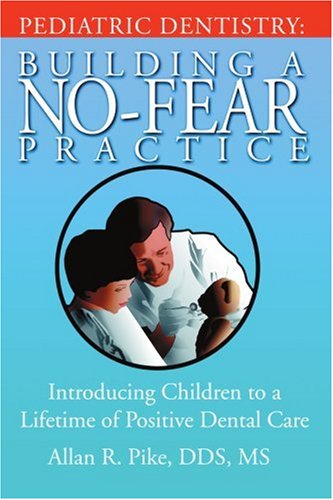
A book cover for Pediatric Dentistry: Building A No-Fear Practice: Introducing Children to a Lifetime of Positive Dental Care; Allan Pike  DDS  MS; Medical Books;